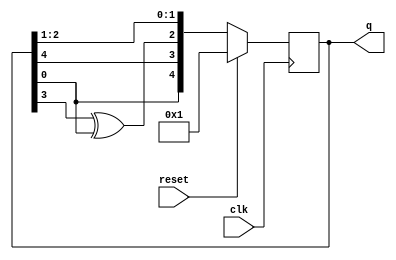
module top_module(
    input clk,
    input reset,    
    output [4:0] q
); 
    always @(posedge clk) begin
        if(reset) 
           q <= 5'h1;
        else 
           q <= {q[0], q[4], q[3]^q[0], q[2], q[1]};
    end
  
endmodule